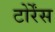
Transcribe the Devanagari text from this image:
टोर्रेंस